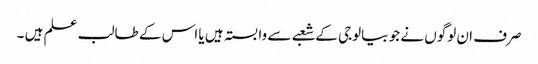
صرف ان لوگوں نے جو بیالوجی کے شعبے سے وابستہ ہیں یا اس کے طالب علم ہیں ۔